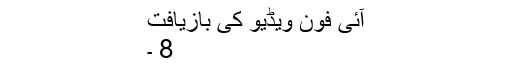
آئی فون ویڈیو کی بازیافت
8 ۔